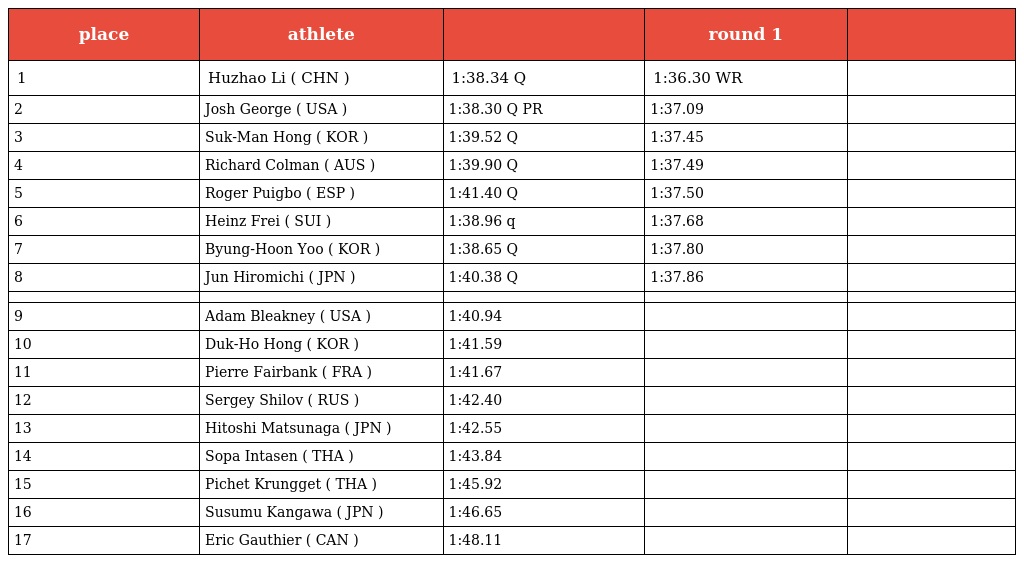
| place | athlete |  | round 1 |  |
 | --- | --- | --- | --- | --- |
 | 1 | Huzhao Li ( CHN ) | 1:38.34 Q | 1:36.30 WR |  |
 | 2 | Josh George ( USA ) | 1:38.30 Q PR | 1:37.09 |  |
 | 3 | Suk-Man Hong ( KOR ) | 1:39.52 Q | 1:37.45 |  |
 | 4 | Richard Colman ( AUS ) | 1:39.90 Q | 1:37.49 |  |
 | 5 | Roger Puigbo ( ESP ) | 1:41.40 Q | 1:37.50 |  |
 | 6 | Heinz Frei ( SUI ) | 1:38.96 q | 1:37.68 |  |
 | 7 | Byung-Hoon Yoo ( KOR ) | 1:38.65 Q | 1:37.80 |  |
 | 8 | Jun Hiromichi ( JPN ) | 1:40.38 Q | 1:37.86 |  |
 |  |  |  |  |  |
 | 9 | Adam Bleakney ( USA ) | 1:40.94 |  |  |
 | 10 | Duk-Ho Hong ( KOR ) | 1:41.59 |  |  |
 | 11 | Pierre Fairbank ( FRA ) | 1:41.67 |  |  |
 | 12 | Sergey Shilov ( RUS ) | 1:42.40 |  |  |
 | 13 | Hitoshi Matsunaga ( JPN ) | 1:42.55 |  |  |
 | 14 | Sopa Intasen ( THA ) | 1:43.84 |  |  |
 | 15 | Pichet Krungget ( THA ) | 1:45.92 |  |  |
 | 16 | Susumu Kangawa ( JPN ) | 1:46.65 |  |  |
 | 17 | Eric Gauthier ( CAN ) | 1:48.11 |  |  |